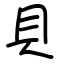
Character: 貝